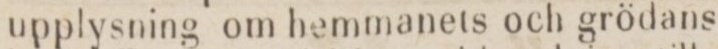
upplysning om bemmanets och grödans